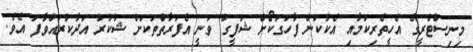
މިނިސްޓްރީގެ އެހީތެރިކަމާއި އެކުކަން ފާހަގަކޯށް ޝަފީގު ވަނީ އެފަރާތްތަކަށް ޝުކުރު އަދާކުރައްވާފަ އެވެ.